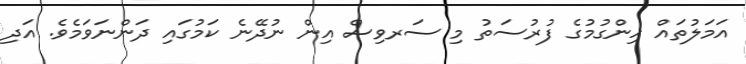
އަމަލުތައް ހިންގުމުގެ ފުރުސަތު މި ސަރވިސް އިން ނުދޭނެ ކަމުގައި ދަންނަވަމެވެ. އަދި